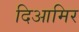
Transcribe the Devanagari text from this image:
दिआमिर